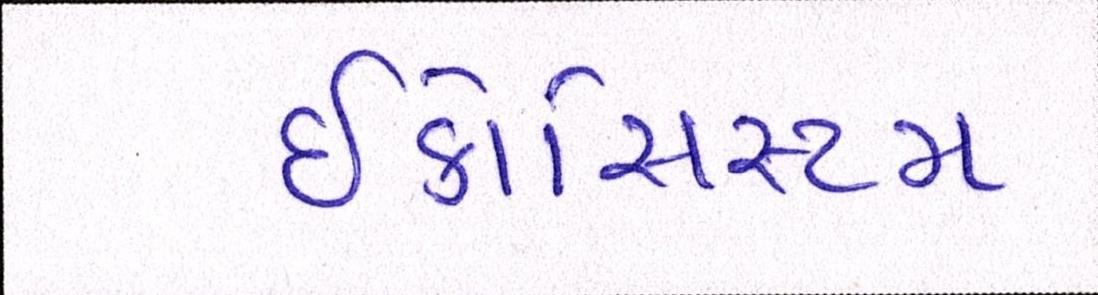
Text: ઇકોસિસ્ટમ